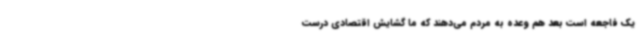
یک فاجعه است بعد هم وعده به مردم می‌دهند که ما گشایش اقتصادی درست